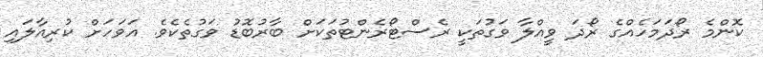
ކޮންމެ ރޯދަމަހެއްގެ ރޯދަ ވީއްލާ ވަގުތަކީ ރެސްޓޯރެންޓުތަކަށް ބާރުބޮޑު ވަގުތެކެވެ. އަވަހަށް ކުރިއާލައި